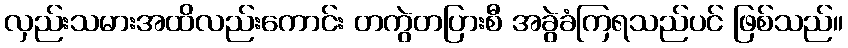
လှည်းသမားအထိလည်းကောင်း တကွဲတပြားစီ အခွဲခံကြရသည်ပင် ဖြစ်သည်။